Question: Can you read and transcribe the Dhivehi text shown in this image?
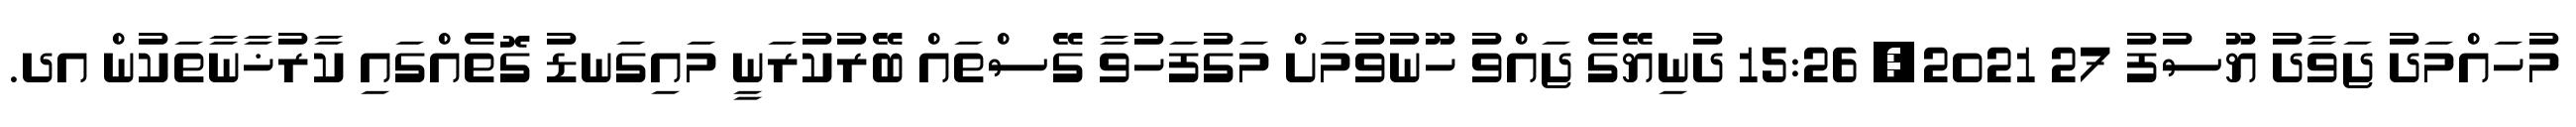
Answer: މުހައްމަދު ޖަވާދު ޔޫސުފު 27 2021, 15:26 ދުނިޔޭގެ ޖައްވު ހޫނުވުމަށް މަގުފަހުވާ ގޭސްތައް ބޭރުކުރަނީ މައިގަނޑު ގޮތެއްގައި ކާރުޚާނާތަކުން އދ.